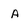
Character: A